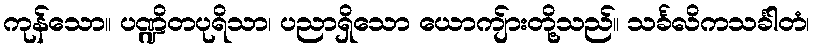
ကုန်သော။ ပဏ္ဍိတပုရိသာ၊ ပညာရှိသော ယောကျ်ားတို့သည်။ သင်္ခလိကသင်္ခါတံ၊